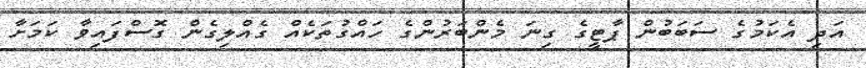
އަދި އެކަމުގެ ސަބަބުން ޕާޓީގެ ގިނަ މެންބަރުންގެ ހައްގުތަކެއް ގެއްލިގެން ގޮސްފައިވާ ކަމަށާ